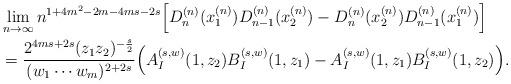
LaTeX: \begin{align*} & \lim_{n \to \infty} n^{1 + 4m^2 - 2m - 4ms -2s } \Big[ D_n^{(n)} (x_1^{(n)}) D_{n-1}^{(n)} (x_2^{(n)}) - D_n^{(n)} (x_2^{(n)}) D_{n-1}^{(n)} (x_1^{(n)})\Big] \\ &= \frac{2^{4ms +2s} (z_1z_2)^{-\frac{s}{2}} }{(w_1 \cdots w_m)^{2+2s}} \Big( A_I^{(s, w)} (1, z_2) B_I^{(s,w)}(1, z_1) - A_I^{(s, w)} (1, z_1) B_I^{(s,w)}(1, z_2) \Big). \end{align*}